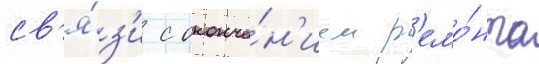
св'я́з'и с оконча́н'ием р'емо́нта